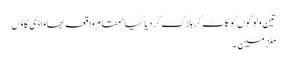
تین ولوگوں کو کاٹ کر ہلاک کردیاگیا‘ مقام واقعہ بھاواڈی گاؤں
ملزمین ۔